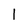
Character: 1